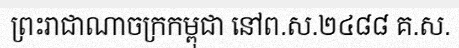
ព្រះរាជាណាចក្រកម្ពុជា នៅព.ស.២៤៨៨ គ.ស.